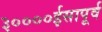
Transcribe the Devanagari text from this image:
३००००ईसापूर्व